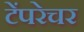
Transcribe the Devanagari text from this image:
टेंपरेचर